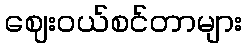
ဈေးဝယ်စင်တာများ